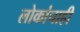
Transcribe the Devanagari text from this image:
लोकांचाही